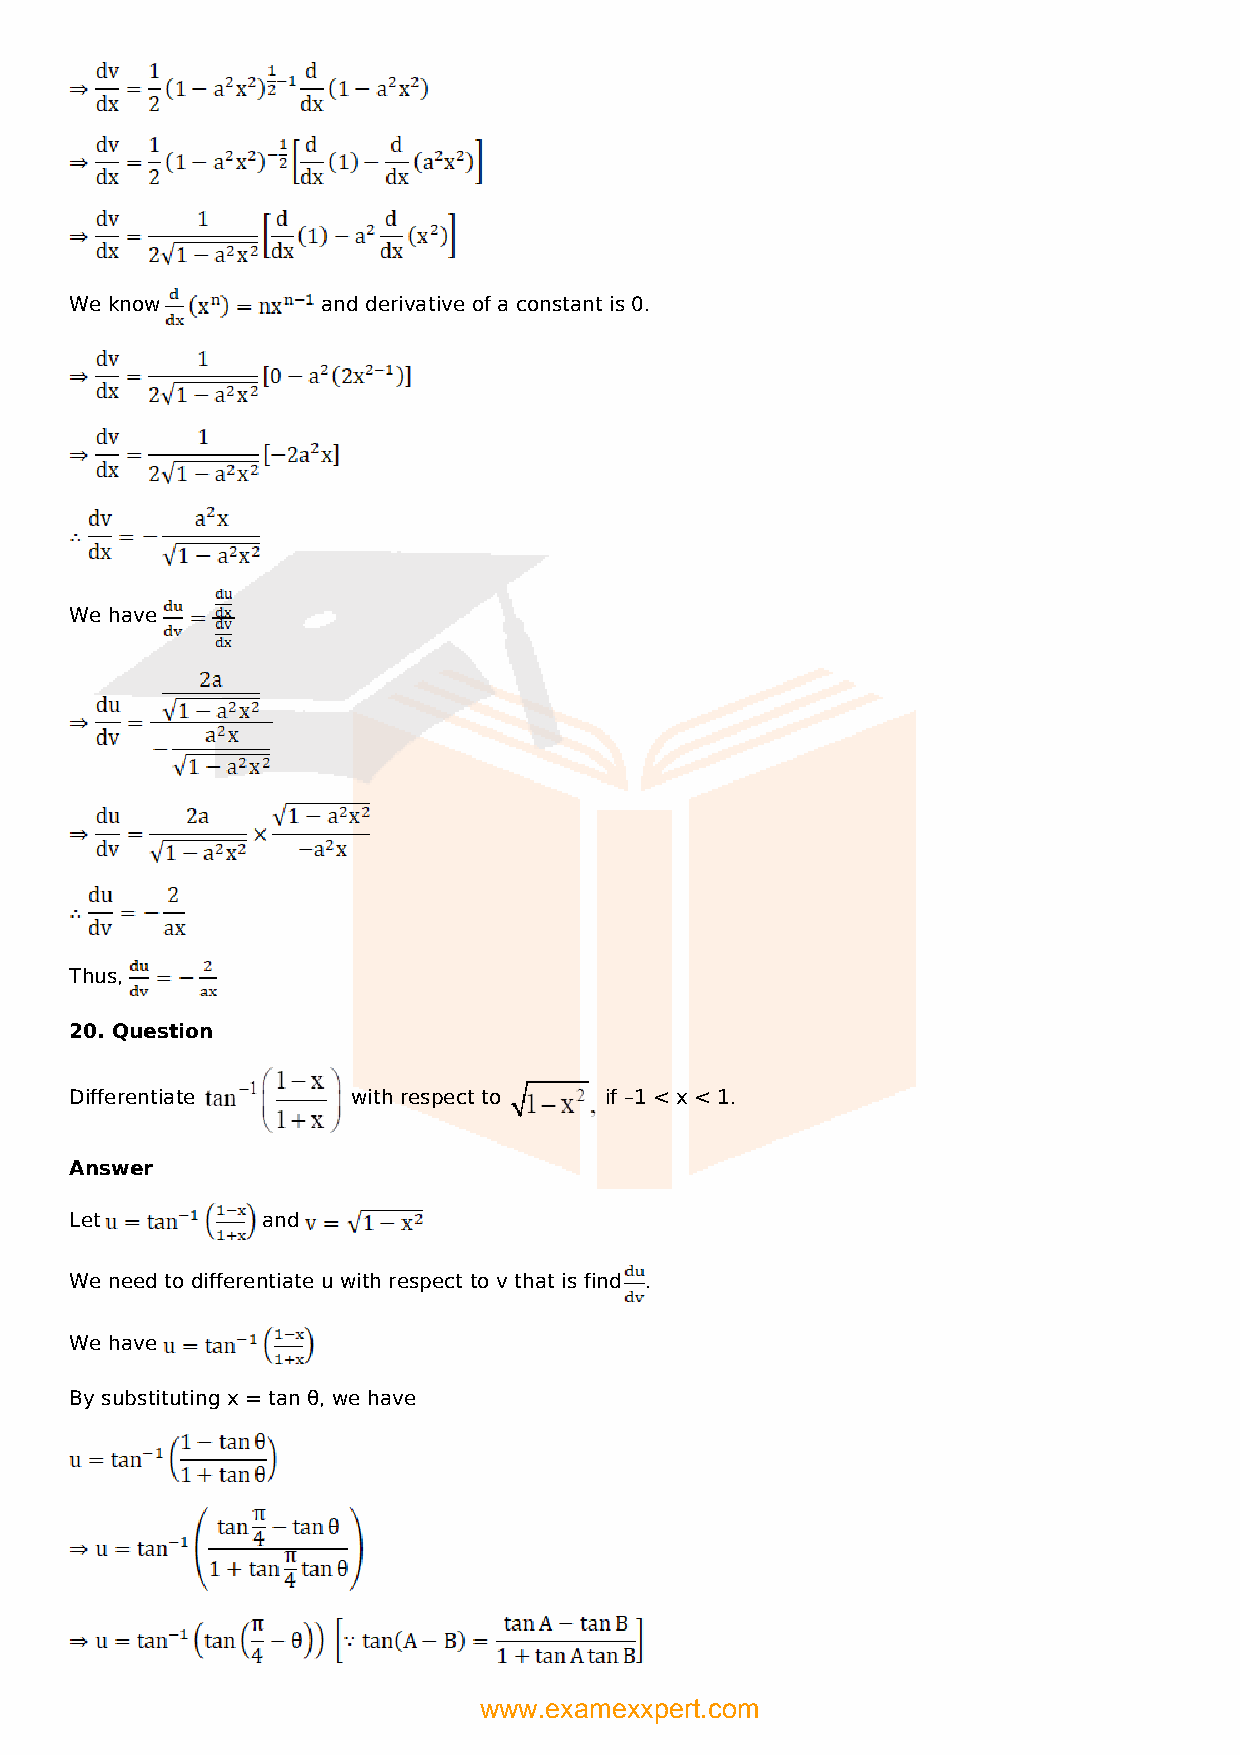
We know         and derivative of a constant is 0.
 We have
 Thus,
 20. Question
 Differentiate     with respect to  if –1 < x < 1.
 Answer
 Let         and
 We need to differentiate u with respect to v that is find .
 We have
 By substituting x = tan θ, we have
 www.examexxpert.com